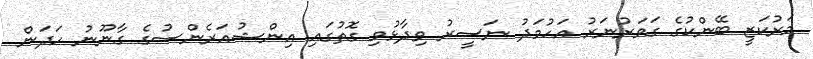
މަރުކަޒީ ބޭންކުގެ ގަވަރުނަރު އަހުމަދު ނަސީރު ވިދާޅުވި ގޮތުގައި އިންޝުއަރެންސުގެ ގާނޫނު ހަދަން